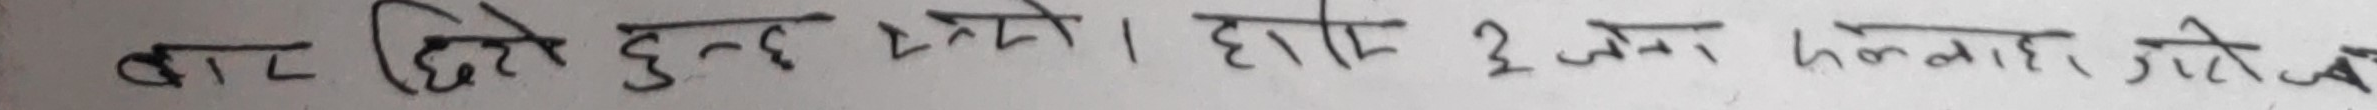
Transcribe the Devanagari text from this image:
बाट दिने हुन्छ । होस् २ जन लगातार जिते छ